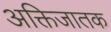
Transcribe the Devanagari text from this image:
अक्तिजातक